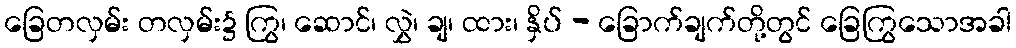
ခြေတလှမ်း တလှမ်း၌ ကြွ၊ ဆောင်၊ လွှဲ၊ ချ၊ ထား၊ နှိပ် - ခြောက်ချက်တို့တွင် ခြေကြွသောအခါ